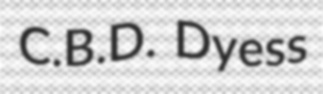
C.B.D. Dyess